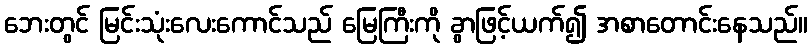
ဘေးတွင် မြင်းသုံးလေးကောင်သည် မြေကြီးကို ခွာဖြင့်ယက်၍ အစာတောင်းနေသည်။